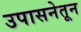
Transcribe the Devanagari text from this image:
उपासनेतून